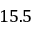
1 5 . 5